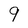
Character: 9